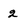
Character: 2